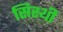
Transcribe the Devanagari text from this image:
सिस्थी